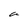
Character: a